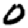
Digit: 0